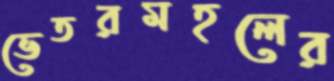
ভেতরমহলের